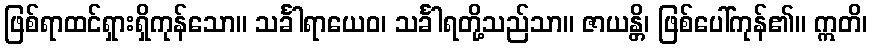
ဖြစ်ရာထင်ရှားရှိကုန်သော။ သင်္ခါရာယေဝ၊ သင်္ခါရတို့သည်သာ။ ဇာယန္တိ၊ ဖြစ်ပေါ်ကုန်၏။ ဣတိ၊